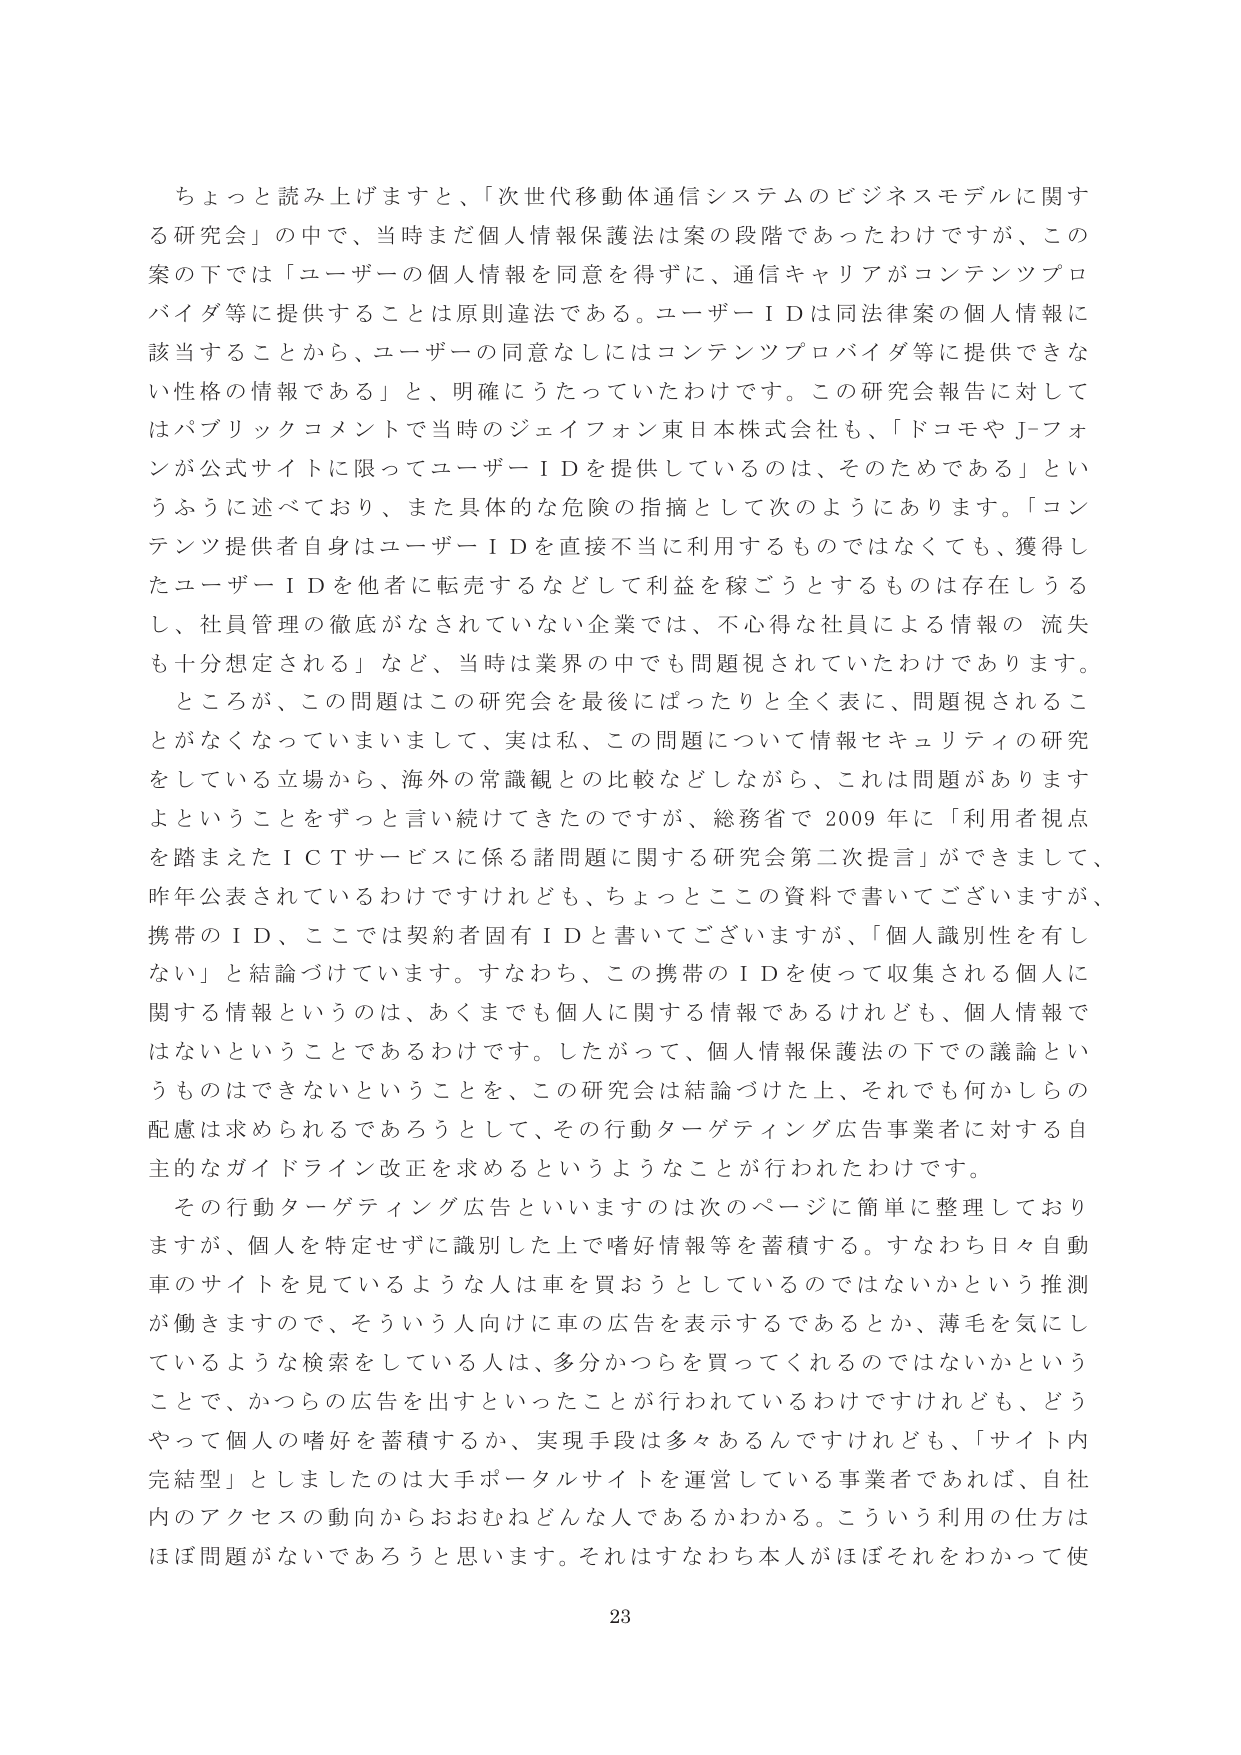
ちょっと読み上げますと、「次世代移動体通信システムのビジネスモデルに関する研究会」の中で、当時まだ個人情報保護法は案の段階であったわけですが、この案の下では「ユーザーの個人情報を同意を得ずに、通信キャリアがコンテンツプロバイダ等に提供することは原則違法である。ユーザーＩＤは同法律案の個人情報に該当することから、ユーザーの同意なしにはコンテンツプロバイダ等に提供できない性格の情報である」と、明確にうたっていたわけです。この研究会報告に対してはパブリックコメントで当時のジェイフォン東日本株式会社も、「ドコモやＪ－フォンが公式サイトに限ってユーザーＩＤを提供しているのは、そのためである」というふうに述べており、また具体的な危険の指摘として次のようになります。「コンテンツ提供者自身はユーザーＩＤを直接不当に利用するものではなくても、獲得したユーザーＩＤを他者に転売するなどして利益を稼ごうとするものは存在しうるし、社員管理の徹底がなされていない企業では、不心得な社員による情報の流失も十分想定される」など、当時は業界の中でも問題視されていたわけです。

ところが、この問題はこの研究会を最後にぱったりと全く表に、問題視されることがなくなってしまいました、実は私、この問題について情報セキュリティの研究をしている立場から、海外の常識観との比較などしながら、これは問題がありますよということをずっと言い続けてきたのですが、総務省で2009年に「利用者視点を踏まえたＩＣＴサービスに係る諸問題に関する研究会第二次提言」ができまして、昨年公表されているわけですけれども、ちょっとこの資料で書いてございますが、携帯のＩＤ、ここでは契約者固有ＩＤと書いてございますが、「個人識別性を有しない」と結論づけています。すなわち、この携帯のＩＤを使って収集される個人に関する情報というのは、あくまでも個人に関する情報であるけれども、個人情報ではないということであるわけです。したがって、個人情報保護法の下での議論というものはできないということを、この研究会は結論づけた上、それでも何かしらの配慮は求められるであろうとして、その行動ターゲティング広告事業者に対する自主的なガイドライン改正を求めるというようなことが行われたわけです。

その行動ターゲティング広告といいますのは次のページに簡単に整理しておりますが、個人を特定せずに識別した上で嗜好情報等を蓄積する。すなわち日々自動車のサイトを見ているような人は車を買おうとしているのではないかという推測が働きますので、そういう人向けに車の広告を表示するであるとか、薄毛を気にしているような検索をしている人は、多分かつらを買ってくれるのではないかということで、かつらの広告を出すといったことが行われているわけですが、どうやって個人の嗜好を蓄積するか、実現手段は多々あるんですけれども、「サイト内完結型」としましたのは大手ポータルサイトを運営している事業者であれば、自社内のアクセスの動向からおおむねどんな人であるかわかる。こういう利用の仕方はほぼ問題がないであろうと思います。それはすなわち本人がほぼそれをわかって使

23